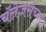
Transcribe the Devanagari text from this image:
चॅलेंजर्सच्या